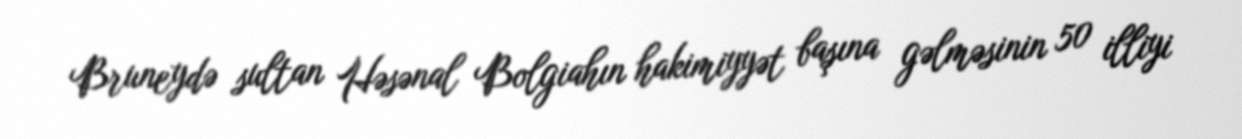
Bruneydə sultan Həsənal Bolgiahın hakimiyyət başına gəlməsinin 50 illiyi